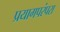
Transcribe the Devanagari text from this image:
प्रयागपरंपरा